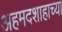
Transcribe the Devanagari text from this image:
अहमदशाहाच्या